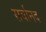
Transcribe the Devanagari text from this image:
सर्वानद